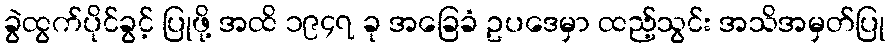
ခွဲထွက်ပိုင်ခွင့် ပြုဖို့ အထိ ၁၉၄၇ ခု အခြေခံ ဥပဒေမှာ ထည့်သွင်း အသိအမှတ်ပြု